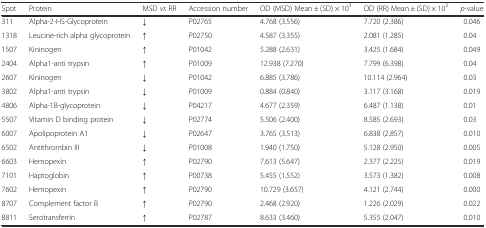
| Spot | Protein | MSD vs RR | Accession number | OD (MSD) Mean ± (SD) × 103 | OD (RR) Mean ± (SD) × 103 | p-value |
 | --- | --- | --- | --- | --- | --- | --- |
 | 311 | Alpha-2-HS-Glycoprotein | ↓ | P02765 | 4.768 (3.556) | 7.720 (2.386) | 0.046 |
 | 1318 | Leucine-rich alpha glycoprotein | ↑ | P02750 | 4.587 (3.355) | 2.081 (1.285) | 0.04 |
 | 1507 | Kininogen | ↑ | P01042 | 5.288 (2.631) | 3.425 (1.684) | 0.049 |
 | 2404 | Alpha1-anti trypsin | ↑ | P01009 | 12.938 (7.270) | 7.799 (6.398) | 0.04 |
 | 2607 | Kininogen | ↓ | P01042 | 6.885 (3.786) | 10.114 (2.964) | 0.03 |
 | 3802 | Alpha1-anti trypsin | ↓ | P01009 | 0.884 (0.840) | 3.117 (3.168) | 0.019 |
 | 4806 | Alpha-1B-glycoprotein | ↓ | P04217 | 4.677 (2.359) | 6.487 (1.138) | 0.01 |
 | 5507 | Vitamin D binding protein | ↓ | P02774 | 5.506 (2.400) | 8.585 (2.693) | 0.03 |
 | 6007 | Apolipoprotein A1 | ↓ | P02647 | 3.765 (3.513) | 6.838 (2.857) | 0.010 |
 | 6502 | Antithrombin III | ↓ | P01008 | 1.940 (1.750) | 5.128 (2.950) | 0.005 |
 | 6603 | Hemopexin | ↑ | P02790 | 7.613 (5.647) | 2.377 (2.225) | 0.019 |
 | 7101 | Haptoglobin | ↑ | P00738 | 5.455 (1.552) | 3.573 (1.382) | 0.008 |
 | 7602 | Hemopexin | ↑ | P02790 | 10.729 (3.657) | 4.121 (2.744) | 0.000 |
 | 8707 | Complement factor B | ↑ | P02790 | 2.468 (2.920) | 1.226 (2.029) | 0.022 |
 | 8811 | Serotransferrin | ↑ | P02787 | 8.633 (3.460) | 5.355 (2.047) | 0.010 |